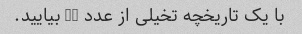
با یک تاریخچه تخیلی از عدد 42 بیایید.